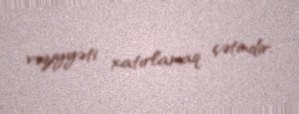
vəziyyəti xatırlamaq çətindir.